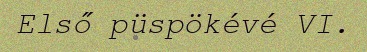
Első püspökévé VI.